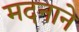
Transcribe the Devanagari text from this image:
मदनाने